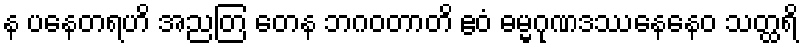
န ပနေတရဟိ အညတြ တေန ဘဂဝတာတိ ဧဝံ ဓမ္မဂုဏဒဿနေနေဝ သတ္ထရိ